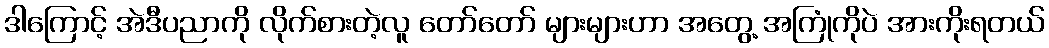
ဒါကြောင့် အဲဒီပညာကို လိုက်စားတဲ့လူ တော်တော် များများဟာ အတွေ့ အကြုံကိုပဲ အားကိုးရတယ်